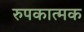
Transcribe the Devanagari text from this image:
रुपकात्मक